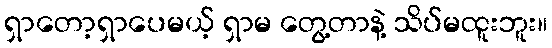
ရှာတော့ရှာပေမယ့် ရှာမ တွေ့တာနဲ့ သိပ်မထူးဘူး။